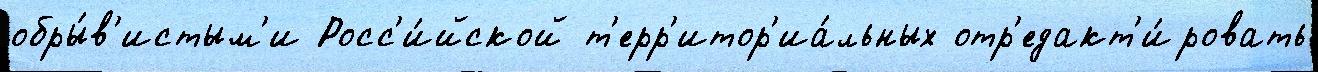
обры́в'истым'и Росс'и́йской т'ерр'итор'иа́льных отр'едакт'и́ровать